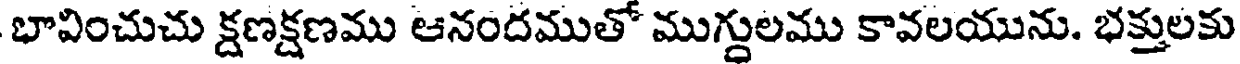
భావించుచు క్షణక్షణము ఆనందముతో ముగ్దులము కావలయును. భక్తులకు